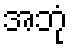
အဘုံ